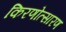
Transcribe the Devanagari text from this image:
किरणोत्सारण